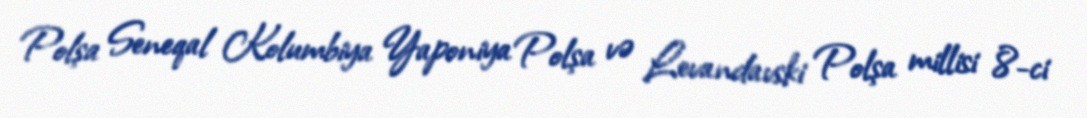
Polşa Seneqal Kolumbiya Yaponiya Polşa və Levandavski Polşa millisi 8-ci